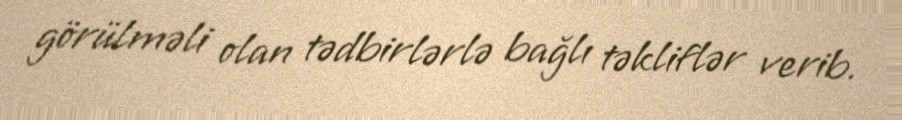
görülməli olan tədbirlərlə bağlı təkliflər verib.